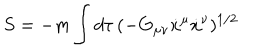
LaTeX: S = - m \int d \tau \, ( - G _ { \mu \nu } \dot { x } ^ { \mu } \dot { x } ^ { \nu } ) ^ { 1 / 2 }